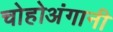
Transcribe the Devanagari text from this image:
चोहोअंगानी